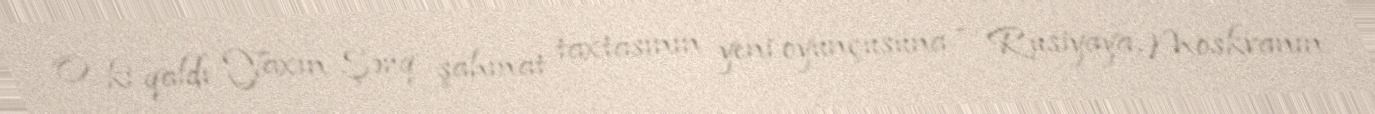
O ki qaldı Yaxın Şərq şahmat taxtasının yeni oyunçusuna – Rusiyaya, Moskvanın